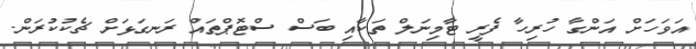
އަވަހަށް އަންގާ ހުރިހާ ފެރީ ޓާމިނަލް ތަކާއި ބަސް ސްޓޮޕްތައް ރަނގަޅަށް ޗެކުކުރަން.